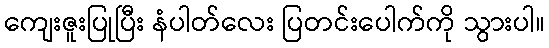
ကျေးဇူးပြုပြီး နံပါတ်လေး ပြတင်းပေါက်ကို သွားပါ။